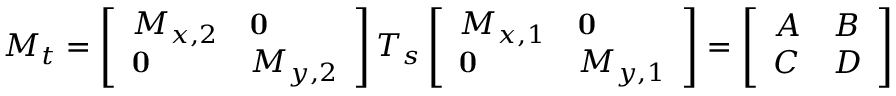
M _ { t } = \left[ \begin{array} { l l } { M _ { x , 2 } } & { \mathbf { 0 } } \\ { \mathbf { 0 } } & { M _ { y , 2 } } \end{array} \right] T _ { s } \left[ \begin{array} { l l } { M _ { x , 1 } } & { \mathbf { 0 } } \\ { \mathbf { 0 } } & { M _ { y , 1 } } \end{array} \right] = \left[ \begin{array} { l l } { A } & { B } \\ { C } & { D } \end{array} \right]